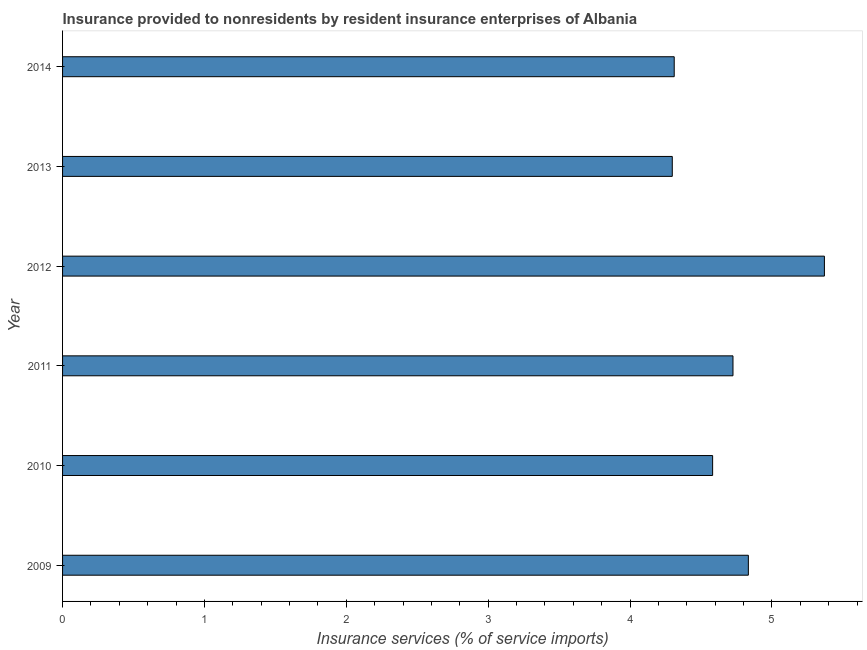
| Year | Insurance and financial services |
 | --- | --- |
 | 2009 | 4.83 |
 | 2010 | 4.58 |
 | 2011 | 4.73 |
 | 2012 | 5.37 |
 | 2013 | 4.3 |
 | 2014 | 4.31 |